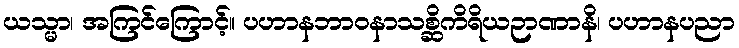
ယသ္မာ၊ အကြင်ကြောင့်။ ပဟာနဘာဝနာသစ္ဆိကိရိယဉာဏာနိ၊ ပဟာနပညာ